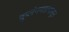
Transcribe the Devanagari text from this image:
कुलंगगडापासून